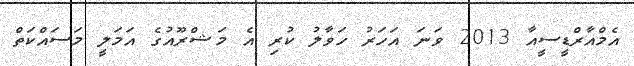
އެމްއާރްޑީސީއާ 2013 ވަނަ އަހަރު ހަވާލު ކުރި އެ މަޝްރޫއުގެ އަމަލީ މަސައްކަތް